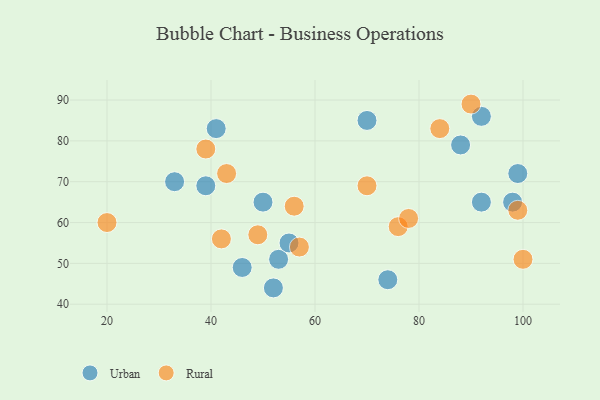
{"axis": {"x": "GDP", "y": "Life Expectancy"}, "legend": ["Rural", "Urban"], "data": [{"x": "98", "y": 65, "type": "Urban"}, {"x": "33", "y": 70, "type": "Urban"}, {"x": "41", "y": 83, "type": "Urban"}, {"x": "88", "y": 79, "type": "Urban"}, {"x": "74", "y": 46, "type": "Urban"}, {"x": "46", "y": 49, "type": "Urban"}, {"x": "39", "y": 69, "type": "Urban"}, {"x": "53", "y": 51, "type": "Urban"}, {"x": "92", "y": 65, "type": "Urban"}, {"x": "52", "y": 44, "type": "Urban"}, {"x": "92", "y": 86, "type": "Urban"}, {"x": "70", "y": 85, "type": "Urban"}, {"x": "99", "y": 72, "type": "Urban"}, {"x": "55", "y": 55, "type": "Urban"}, {"x": "50", "y": 65, "type": "Urban"}, {"x": "76", "y": 59, "type": "Rural"}, {"x": "49", "y": 57, "type": "Rural"}, {"x": "39", "y": 78, "type": "Rural"}, {"x": "78", "y": 61, "type": "Rural"}, {"x": "43", "y": 72, "type": "Rural"}, {"x": "90", "y": 89, "type": "Rural"}, {"x": "84", "y": 83, "type": "Rural"}, {"x": "100", "y": 51, "type": "Rural"}, {"x": "56", "y": 64, "type": "Rural"}, {"x": "57", "y": 54, "type": "Rural"}, {"x": "42", "y": 56, "type": "Rural"}, {"x": "20", "y": 60, "type": "Rural"}, {"x": "99", "y": 63, "type": "Rural"}, {"x": "70", "y": 69, "type": "Rural"}]}